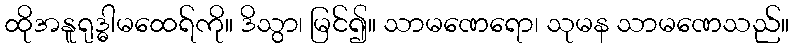
ထိုအနူရုဒ္ဓါမထေရ်ကို။ ဒိသွာ၊ မြင်၍။ သာမဏေရော၊ သုမန သာမဏေသည်။